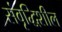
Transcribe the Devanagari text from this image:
संवृद्धिशील